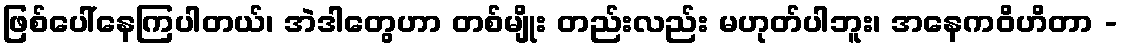
ဖြစ်ပေါ်နေကြပါတယ်၊ အဲဒါတွေဟာ တစ်မျိုး တည်းလည်း မဟုတ်ပါဘူး၊ အနေကဝိဟိတာ -